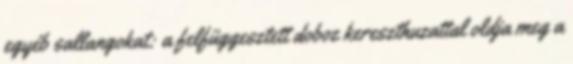
egyéb sallangokat: a felfüggesztett doboz kereszthuzattal oldja meg a